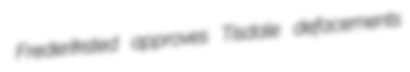
Frederiksted approves Tisdale defacements